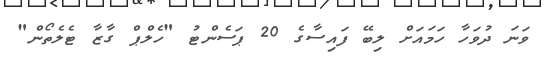
ވަނަ ދުވަހާ ހަމައަށް ލިބޭ ފައިސާގެ 20 ޕަސެންޓު "ހެލްޕް ގާޒާ ޓެލެތޯން"